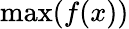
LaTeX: \operatorname*{max}(f(x))